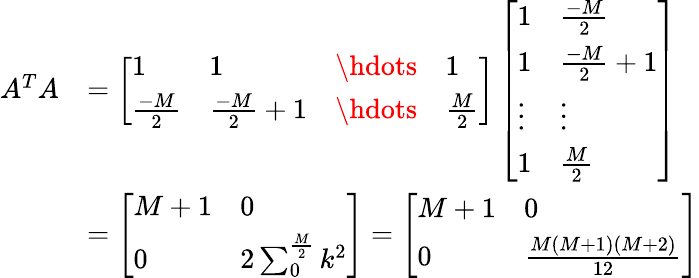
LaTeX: \begin{array}{rl}{A^{T}A}&{=\left[\begin{array}{llll}{1}&{1}&{\hdots}&{1}\\ {\frac{-M}{2}}&{\frac{-M}{2}+1}&{\hdots}&{\frac{M}{2}}\end{array}\right]\left[\begin{array}{ll}{1}&{\frac{-M}{2}}\\ {1}&{\frac{-M}{2}+1}\\ {\vdots}&{\vdots}\\ {1}&{\frac{M}{2}}\end{array}\right]}\\ &{=\left[\begin{array}{ll}{M+1}&{0}\\ {0}&{2\sum_{0}^{\frac{M}{2}}k^{2}}\end{array}\right]=\left[\begin{array}{ll}{M+1}&{0}\\ {0}&{\frac{M(M+1)(M+2)}{12}}\end{array}\right]}\end{array}